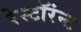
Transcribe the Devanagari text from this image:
रेस्टॉरंन्ट